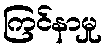
ကြင်နာမှု